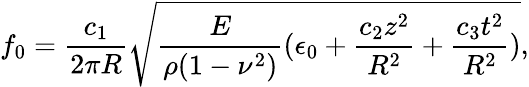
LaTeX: f_{0}=\frac{c_{1}}{2\pi R}\sqrt{\frac{E}{\rho(1-\nu^{2})}(\epsilon_{0}+\frac{c_{2}z^{2}}{R^{2}}+\frac{c_{3}t^{2}}{R^{2}})},